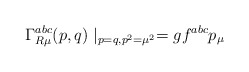
\begin{align*}\Gamma _{R\mu }^{abc}(p,q)\mid _{p=q,p^2=\mu ^2}=gf^{abc}p_\mu\end{align*}